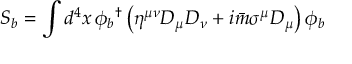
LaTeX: S _ { b } = \int d ^ { 4 } x \, \phi _ { b } { } ^ { \dagger } \left( \eta ^ { \mu \nu } D _ { \mu } D _ { \nu } + i \bar { m } \sigma ^ { \mu } D _ { \mu } \right) \phi _ { b }